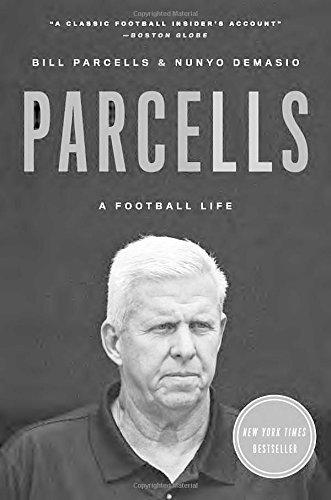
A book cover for Parcells: A Football Life; Bill Parcells; Sports & Outdoors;